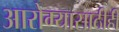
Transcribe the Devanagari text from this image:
आरोग्यासाठीही